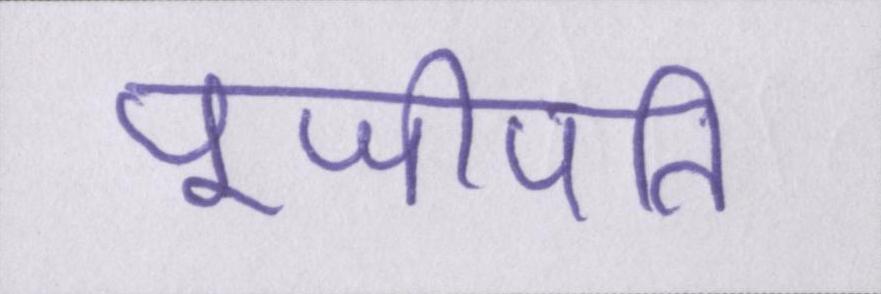
पूजीपति